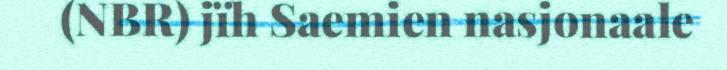
(NBR) jïh Saemien nasjonaale